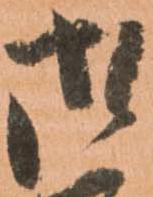
御